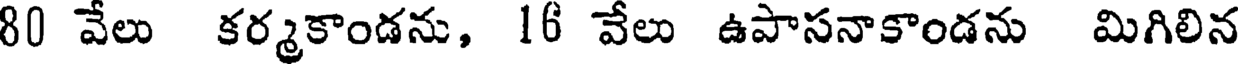
80 వేలు కర్మకాండను, 16 వేలు ఉపాసనాకాండను మిగిలిన